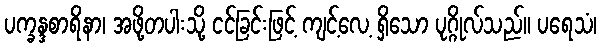
ပက္ခန္ဒစာရိနာ၊ အဖို့တပါးသို့ ငင်ခြင်းဖြင့် ကျင့်လေ့ ရှိသော ပုဂ္ဂိုလ်သည်။ ပရေသံ၊